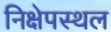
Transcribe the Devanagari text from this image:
निक्षेपस्थल